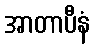
အာတာပီနံ